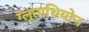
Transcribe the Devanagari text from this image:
ग्लूताथियोन